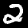
Digit: 2